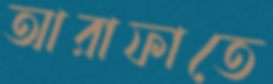
আরাফাতে